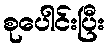
စုပေါင်းပြီး